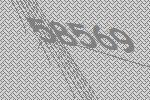
58569